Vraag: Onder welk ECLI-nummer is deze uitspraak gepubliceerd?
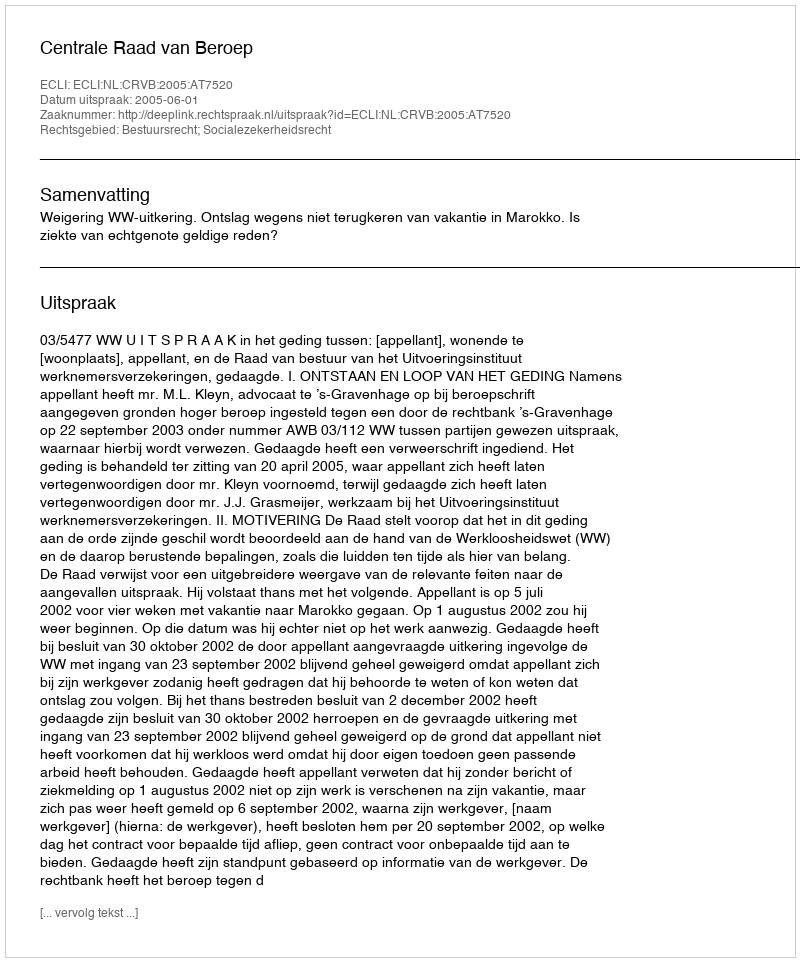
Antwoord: ECLI:NL:CRVB:2005:AT7520